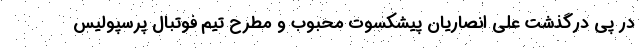
در پی درگذشت علی انصاریان پیشکسوت محبوب و مطرح تیم فوتبال پرسپولیس